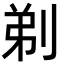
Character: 剃